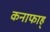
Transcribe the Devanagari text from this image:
कनाफाह्